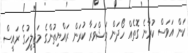
ކަން އަވަސް ކުރާނެ ގޮތެއް ހޯދަން މަޝްވަރާ ކުރަން ރައްޔިތުންގެ މަޖިލީހުގެ ރައީސް